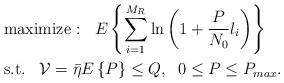
LaTeX: \begin{align*}{}&{}\textrm{maximize :}\;\;\;E \left\{ \sum_{i=1}^{M_R} \ln \left( 1 + \frac{P}{N_0} l_i \right) \right\} \\&\textrm{s.t.}\;\;\;{\mathcal V} = \bar{\eta} E\left\{ P \right \} \leq Q, \;\; 0 \leq P \leq P_{max}.\end{align*}